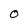
Character: 0